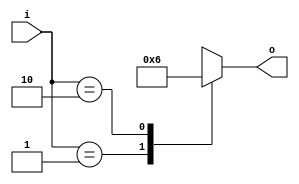
module flipflop(
	input [0:1] i,
	output reg [0:1] o
);

always @(i)

begin
case(i)

2'b00: o = 2'bxx;
2'b01: o = 2'b01;
2'b10: o = 2'b10;
2'b11: o = 2'bxx;
default: o = 2'b00;

endcase

end

endmodule